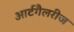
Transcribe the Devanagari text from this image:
आर्टगैलरीज